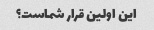
این اولین قرار شماست؟